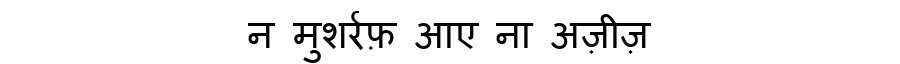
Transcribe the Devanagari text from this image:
न मुशर्रफ़ आए ना अज़ीज़